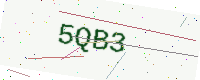
Text: 5QB3